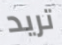
تريد